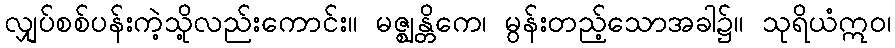
လျှပ်စစ်ပန်းကဲ့သို့လည်းကောင်း။ မဇ္ဈန္တိကေ၊ မွန်းတည့်သောအခါ၌။ သုရိယံဣဝ၊